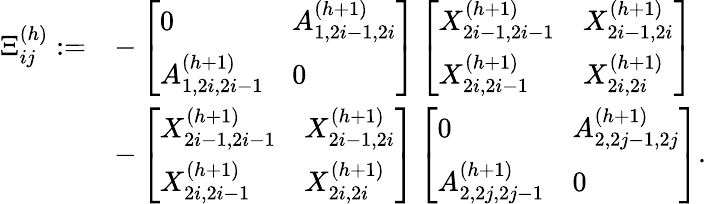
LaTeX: \begin{array}{rl}{\Xi_{ij}^{(h)}:=}&{-\left[\begin{array}{ll}{0}&{A_{1,2i-1,2i}^{(h+1)}}\\ {A_{1,2i,2i-1}^{(h+1)}}&{0}\end{array}\right]\left[\begin{array}{ll}{X_{2i-1,2i-1}^{(h+1)}}&{X_{2i-1,2i}^{(h+1)}}\\ {X_{2i,2i-1}^{(h+1)}}&{X_{2i,2i}^{(h+1)}}\end{array}\right]}\\ &{-\left[\begin{array}{ll}{X_{2i-1,2i-1}^{(h+1)}}&{X_{2i-1,2i}^{(h+1)}}\\ {X_{2i,2i-1}^{(h+1)}}&{X_{2i,2i}^{(h+1)}}\end{array}\right]\left[\begin{array}{ll}{0}&{A_{2,2j-1,2j}^{(h+1)}}\\ {A_{2,2j,2j-1}^{(h+1)}}&{0}\end{array}\right].}\end{array}